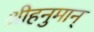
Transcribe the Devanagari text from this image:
श्रीहनुमान्